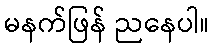
မနက်ဖြန် ညနေပါ။